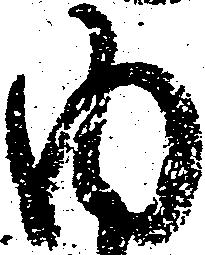
内